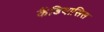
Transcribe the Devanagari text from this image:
कैंडियासिस